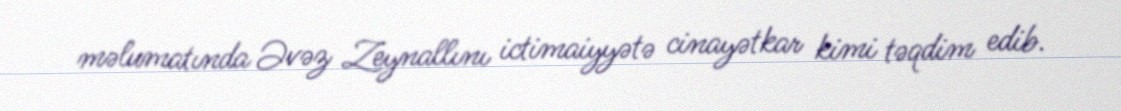
məlumatında Əvəz Zeynallını ictimaiyyətə cinayətkar kimi təqdim edib.